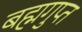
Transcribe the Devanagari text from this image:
बह्मगुप्त